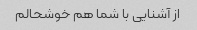
از آشنایی با شما هم خوشحالم